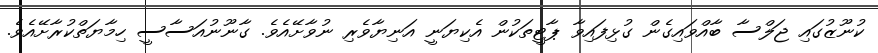
ކުނޫޒުގައި ޖަލްސާ ބާއްވައިގެން ގުޅިފައިވާ ޕާޓީތަކުން އެކިޔަނީ އަނިޔާވެރި ނުވާށޭއެވެ. ގާނޫނުއަސާސީ ހިމާޔަތްކުރާށޭއެވެ.